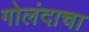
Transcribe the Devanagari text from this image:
गोलंदाचा